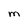
Character: m